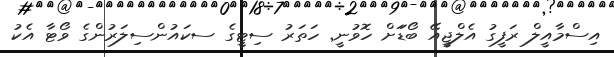
އިސްމާއީލް ރަފީގު އެލްޖީއޭ ބޯޑަަށް ހޮވުނީ